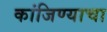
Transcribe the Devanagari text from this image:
कांजिण्याचा